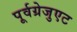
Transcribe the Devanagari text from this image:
पूर्वग्रेजुएट